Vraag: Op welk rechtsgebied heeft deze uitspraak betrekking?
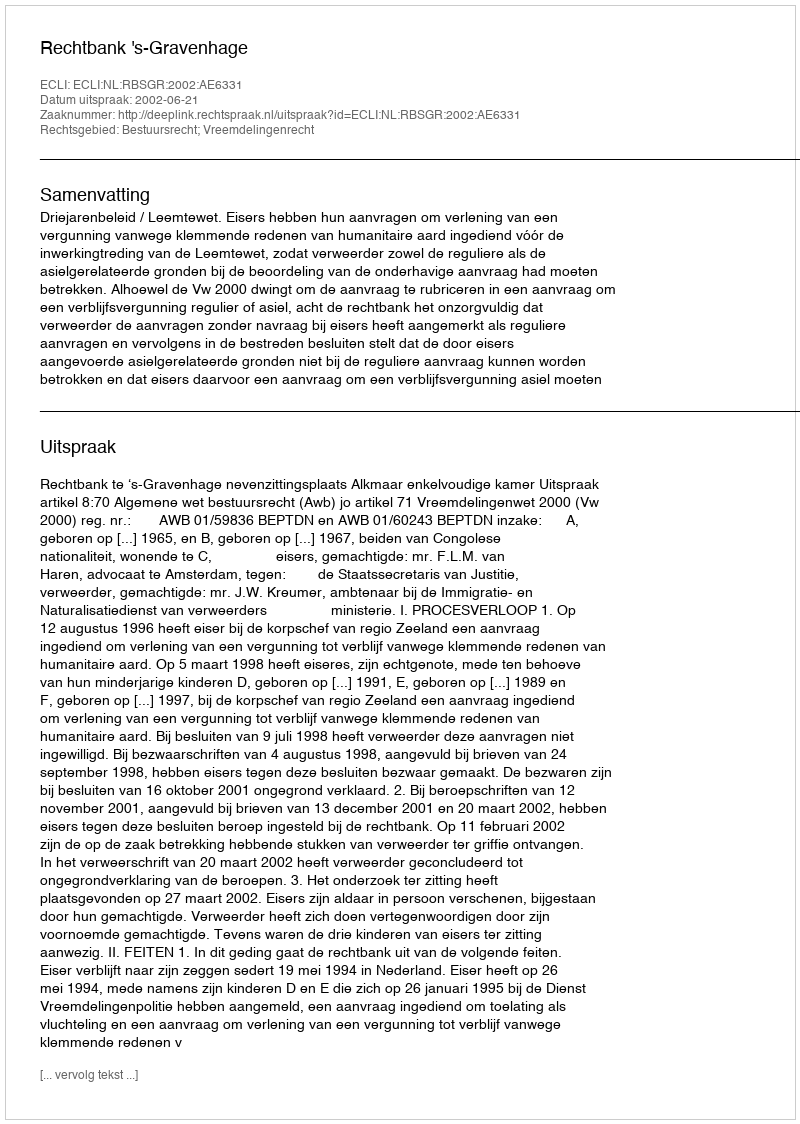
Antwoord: Bestuursrecht; Vreemdelingenrecht